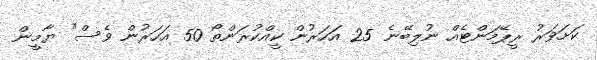
ކަށަވަރު ރީޕޭމަންޓެއް ނުލިބޭނެ 25 އަހަރުން ކީއްކުރަންތޯ 50 އަހަރުން ވެސް" ޔާމީން